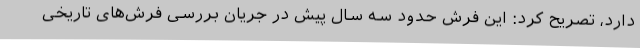
دارد، تصریح کرد: این فرش حدود سه سال پیش در جریان بررسی فرش‌های تاریخی